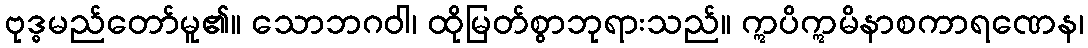
ဗုဒ္ဓမည်တော်မူ၏။ သောဘဂဝါ၊ ထိုမြတ်စွာဘုရားသည်။ ဣပိဣမိနာစကာရဏေန၊